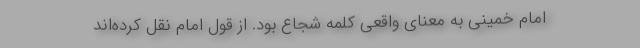
امام خمینی به معنای واقعی کلمه شجاع بود. از قول امام نقل کرده‌اند